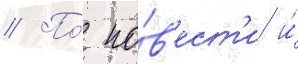
// По́ по́в'ест'и и́